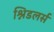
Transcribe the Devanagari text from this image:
श्निडलर्स